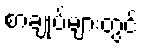
စာချုပ်များတွင်